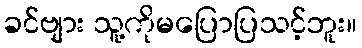
ခင်ဗျား သူ့ကိုမပြောပြသင့်ဘူး။